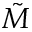
\tilde { M }